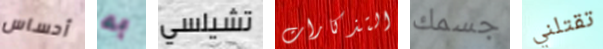
أحساس به تشيلسي التذكارات جسمك تقتلني